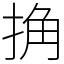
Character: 捔